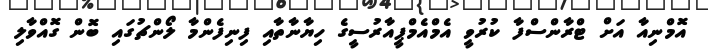
އޮމްނިއާ އަށް ޓްރާންސްފާ ކުރުވީ އެމްއެމްޕީއާރުސީގެ ހިޔާނާތާއި ފިނިފެންމާ ލޯންޗުގައި ބޮން ގޮއްވާލި